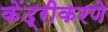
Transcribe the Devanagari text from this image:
केंद्रीकरणे